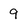
Character: 9